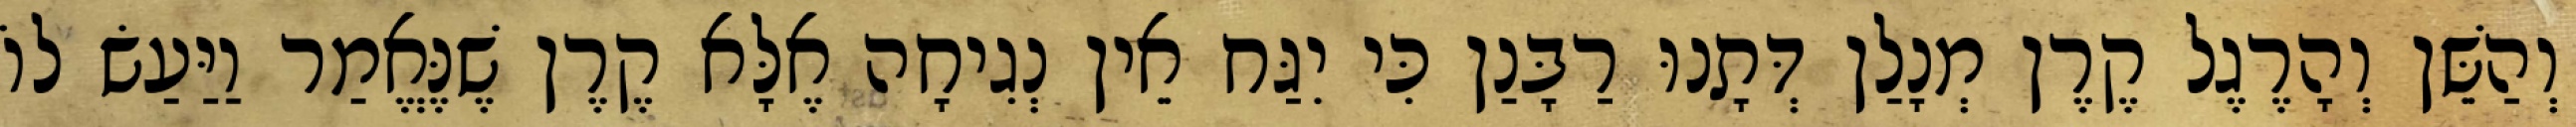
וְהַשֵּׁן וְהָרֶגֶל קֶרֶן מְנָלַן דְּתָנוּ רַבָּנַן כִּי יִגַּח אֵין נְגִיחָה אֶלָּא קֶרֶן שֶׁנֶּאֱמַר וַיַּעַשׂ לוֹ